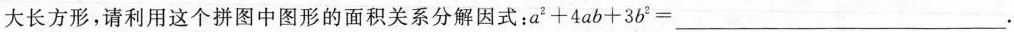
大长方形，请利用这个拼图中图形的面积关系分解因式：$$a ^ { 2 } + 4 a b + 3 b ^ { 2 } = ___$$.